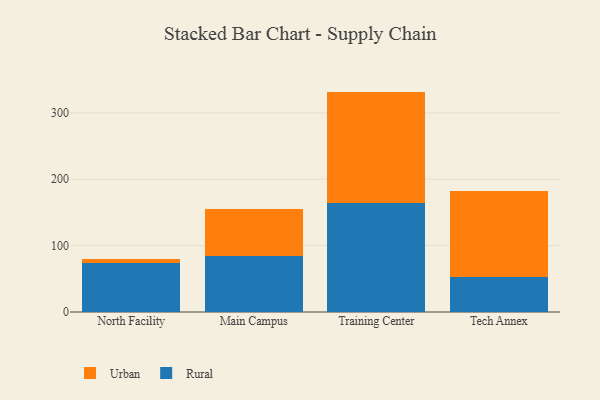
{"axis": {"x": "Campus", "y": "Humidity (%)"}, "legend": ["Rural", "Urban"], "data": [{"x": "North Facility", "y": 73.3, "type": "Rural"}, {"x": "North Facility", "y": 7.0, "type": "Urban"}, {"x": "Main Campus", "y": 84.6, "type": "Rural"}, {"x": "Main Campus", "y": 69.9, "type": "Urban"}, {"x": "Training Center", "y": 164.4, "type": "Rural"}, {"x": "Training Center", "y": 167.6, "type": "Urban"}, {"x": "Tech Annex", "y": 52.5, "type": "Rural"}, {"x": "Tech Annex", "y": 129.1, "type": "Urban"}]}